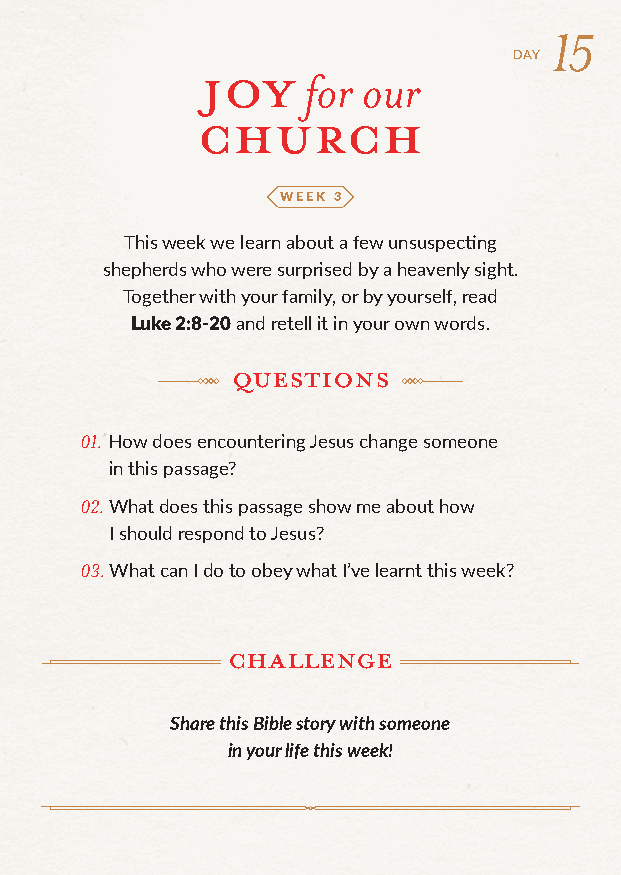
15
 JOY                  DAY
 for our
 church
 WEEK 3
 This week we learn about a few unsuspecti ng
 shepherds who were surprised by a heavenly sight.
 Together with your family, or by yourself, read
 Luke 2:8-20 and retell it in your own words.
 Questions
 01. How does encountering Jesus change someone
 in this passage?
 02. What does this passage show me about how
 I should respond to Jesus?
 03. What can I do to obey what I’ve learnt this week?
 challenge
 Share this Bible story with someone
 in your life this week!